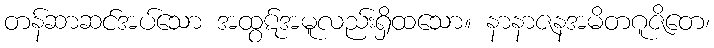
တန်ဆာဆင်အပ်သော အထွဋ်အမူလည်းရှိထသော။ နာနာဇနအမိတဂူဇိတေ၊